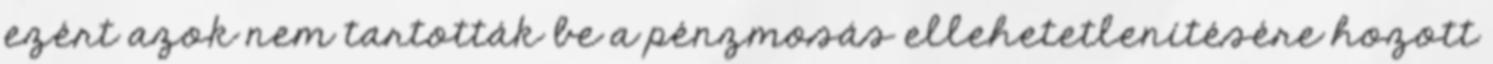
ezért azok nem tartották be a pénzmosás ellehetetlenítésére hozott